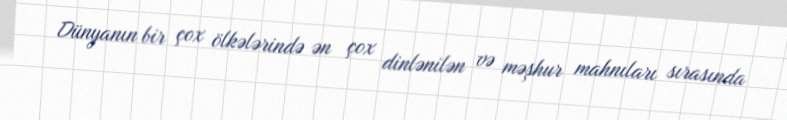
Dünyanın bir çox ölkələrində ən çox dinlənilən və məşhur mahnıları sırasında